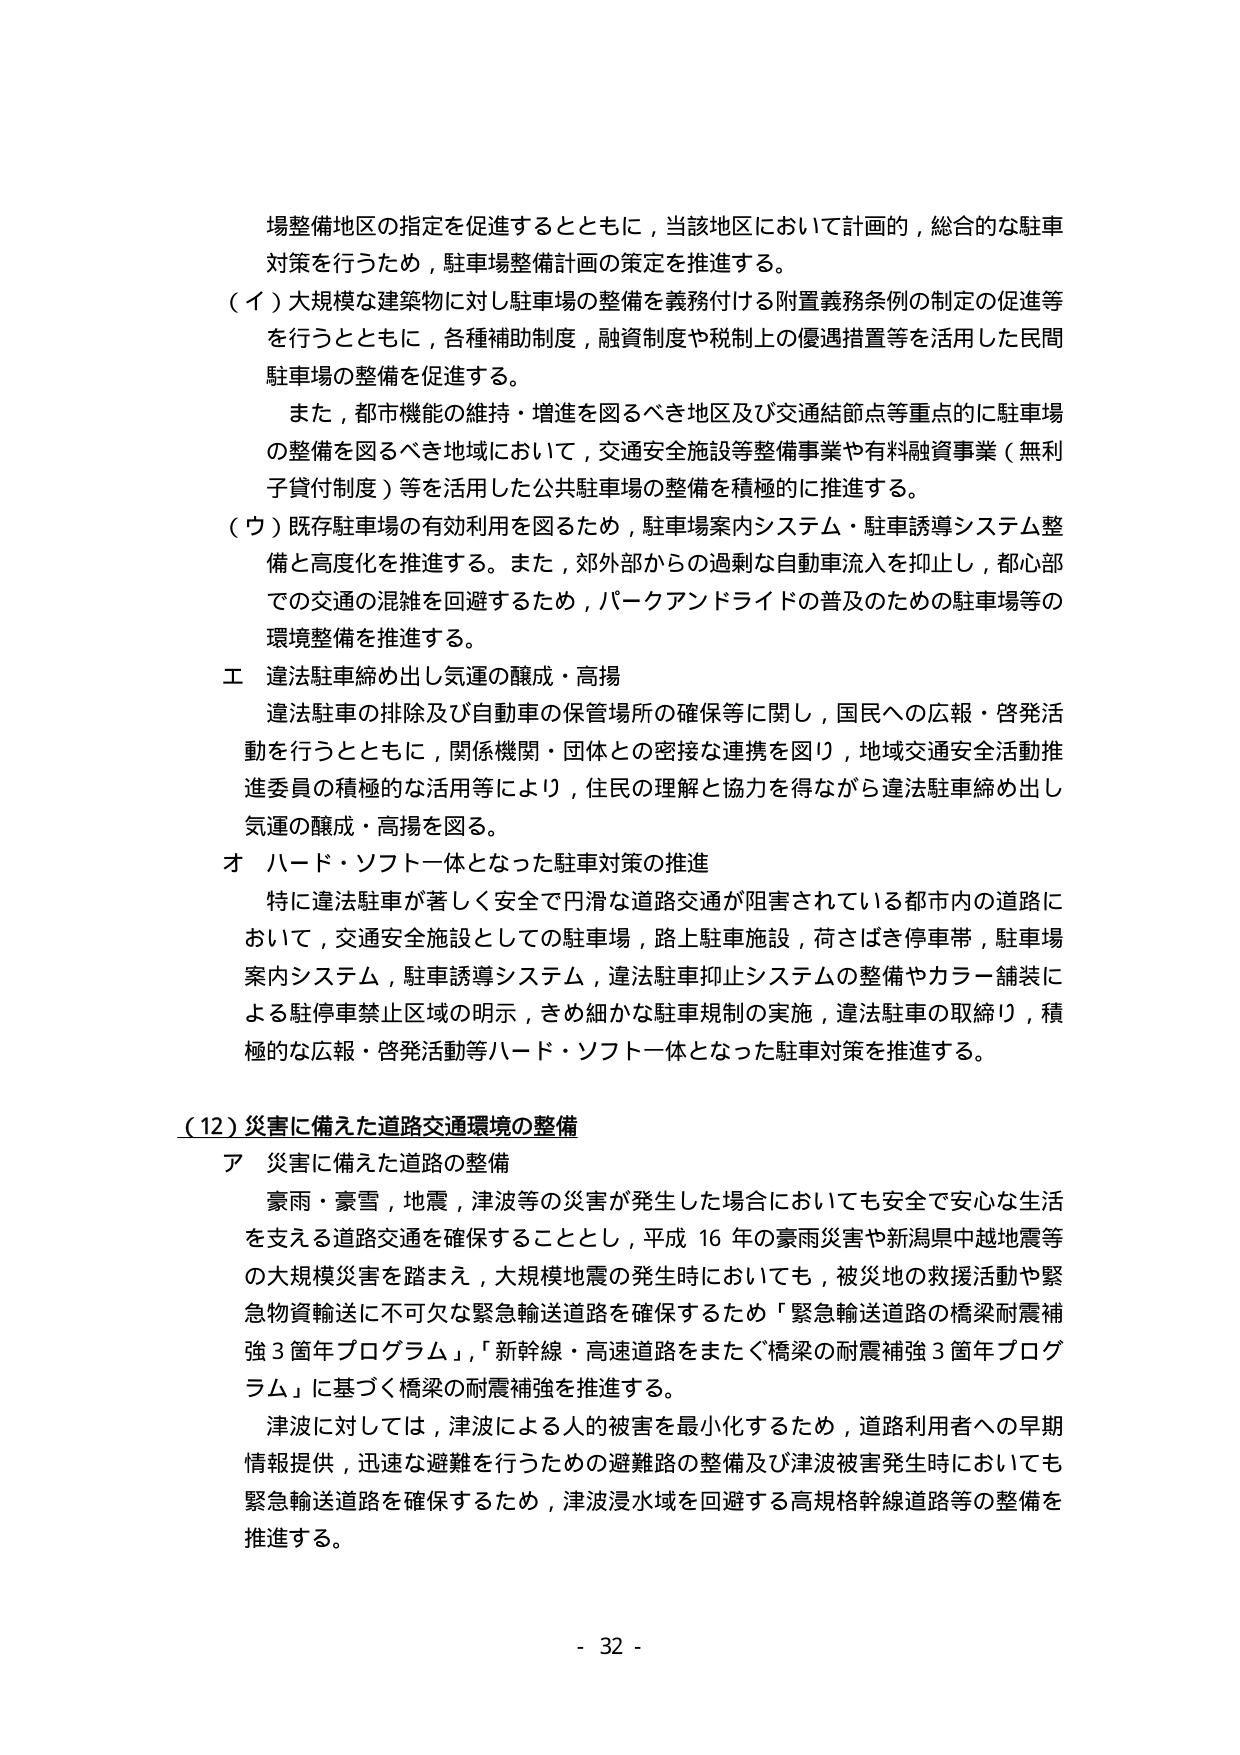
場整備地区の指定を促進するとともに，当該地区において計画的，総合的な駐車対策を行うため，駐車場整備計画の策定を推進する。

（イ）大規模な建築物に対し駐車場の整備を義務付ける附置義務条例の制定の促進等を行うとともに，各種補助制度，融資制度や税制上の優遇措置等を活用した民間駐車場の整備を促進する。

また，都市機能の維持・増進を図るべき地区及び交通結節点等重点的に駐車場の整備を図るべき地域において，交通安全施設等整備事業や有料融資事業（無利子貸付制度）等を活用した公共駐車場の整備を積極的に推進する。

（ウ）既存駐車場の有効利用を図るため，駐車場案内システム・駐車誘導システム整備と高度化を推進する。また，郊外部からの過剰な自動車流入を抑止し，都心部での交通の混雑を回避するため，パークアンドライドの普及のための駐車場等の環境整備を推進する。

工 違法駐車締め出し気運の醸成・高揚

違法駐車の排除及び自動車の保管場所の確保等に関し，国民への広報・啓発活動を行うとともに，関係機関・団体との密接な連携を図り，地域交通安全活動推進委員の積極的な活用等により，住民の理解と協力を得ながら違法駐車締め出し気運の醸成・高揚を図る。

オ ハード・ソフト一体となった駐車対策の推進

特に違法駐車が著しく安全で円滑な道路交通が阻害されている都市内の道路において，交通安全施設としての駐車場，路上駐車施設，荷さばき停車帯，駐車場案内システム，駐車誘導システム，違法駐車抑止システムの整備やカラー舗装による駐停車禁止区域の明示，きめ細かな駐車規制の実施，違法駐車の取締り，積極的な広報・啓発活動等ハード・ソフト一体となった駐車対策を推進する。

（12）災害に備えた道路交通環境の整備

ア 災害に備えた道路の整備

豪雨・豪雪，地震，津波等の災害が発生した場合においても安全で安心な生活を支える道路交通を確保することとし，平成16年の豪雨災害や新潟県中越地震等の大規模災害を踏まえ，大規模地震の発生時においても，被災地の救援活動や緊急物資輸送に不可欠な緊急輸送道路を確保するため「緊急輸送道路の橋梁耐震補強3箇年プログラム」，「新幹線・高速道路をまたぐ橋梁の耐震補強3箇年プログラム」に基づく橋梁の耐震補強を推進する。

津波に対しては，津波による人的被害を最小化するため，道路利用者への早期情報提供，迅速な避難を行うための避難路の整備及び津波被害発生時においても緊急輸送道路を確保するため，津波浸水域を回避する高規格幹線道路等の整備を推進する。

- 32 -